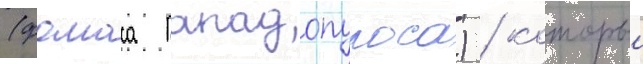
(фомаса пападопулоса) / которыи